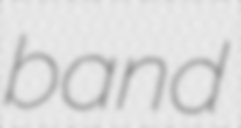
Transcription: band